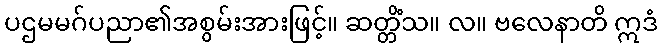
ပဌမမဂ်ပညာ၏အစွမ်းအားဖြင့်။ ဆတ္တိံသ။ လ။ ဗလေနာတိ ဣဒံ